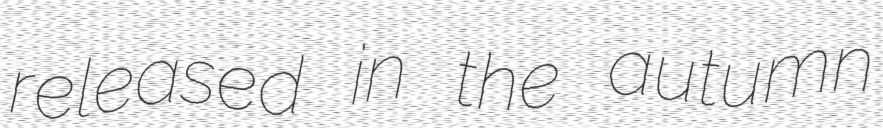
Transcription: released in the autumn